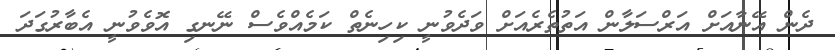
ދެން އޭނާއަށް އަރްސަލާން އަތުތެރެއަށް ވަދެވުނީ ކިހިނެތް ކަމެއްވެސް ނޭނގި އޮވެވުނީ އެބާރުގަދަ